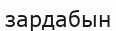
зардабын